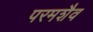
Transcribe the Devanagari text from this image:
परमशैव